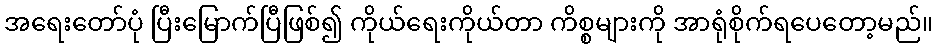
အရေးတော်ပုံ ပြီးမြောက်ပြီဖြစ်၍ ကိုယ်ရေးကိုယ်တာ ကိစ္စများကို အာရုံစိုက်ရပေတော့မည်။